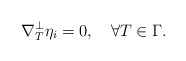
\begin{align*} \nabla^\perp_T\eta_i=0,\quad\forall T\in\Gamma.\end{align*}